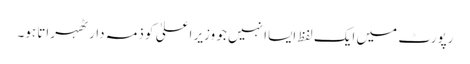
رپورٹ میں ایک لفظ ایساا نہیں جو وزیرِ اعلیٰ کو ذمہ دار ٹھہراتا ہو۔